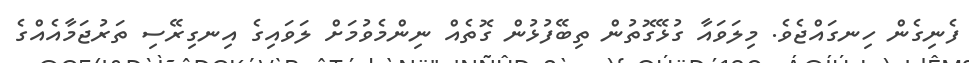
ފެނިގެން ހިނގައްޖެވެ. މިލަވައާ ގުޅޭގޮތުން ތިބޭފުޅުން ގޮތެއް ނިންމެވުމަށް ލަވައިގެ އިނގިރޭސި ތަރުޖަމާއެއްގެ